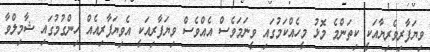
ވިޔަފާރިވެރިޔާއަކީ ކިތަންމެ މޮޅު މީހެއްކަމުގައި ވީނަމަވެސް އެއްވެސް ވިޔަފާރިއަކީ އެވިޔަފާރިއެއް ހިންގުމުގައި ޝާމިލްވާ